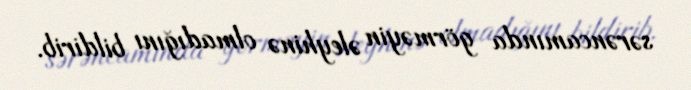
sərəncamında görməyin əleyhinə olmadığını bildirib.